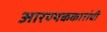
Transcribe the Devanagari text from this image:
आरण्यककारांची